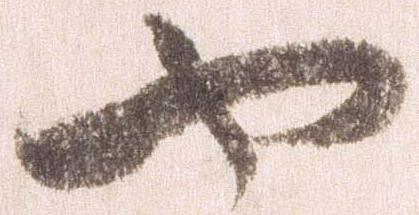
や